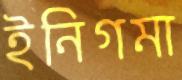
ইনিগমা